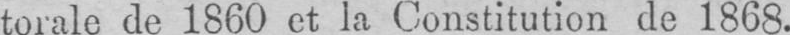
torale de 1860 et la Constitution de 1868.